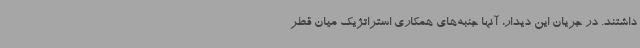
داشتند. در جریان این دیدار، آنها جنبه‌های همکاری استراتژیک میان قطر